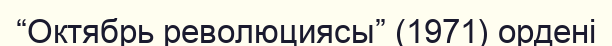
“Октябрь революциясы” (1971) ордені